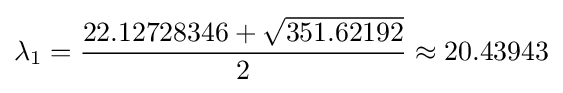
\lambda _{1}={\frac {22.12728346+{\sqrt {351.62192}}}{2}}\approx 20.43943